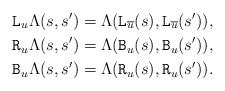
\begin{align*} \mathtt{L}_u\Lambda(s,s') &= \Lambda(\mathtt{L}_{\overline{u}}(s),\mathtt{L}_{\overline{u}}(s')), \\ \mathtt{R}_u \Lambda(s,s') &= \Lambda(\mathtt{B}_u(s),\mathtt{B}_u(s')), \\ \mathtt{B}_u \Lambda(s,s') &= \Lambda(\mathtt{R}_u(s),\mathtt{R}_u(s')). \end{align*}